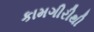
કામગીરીથી